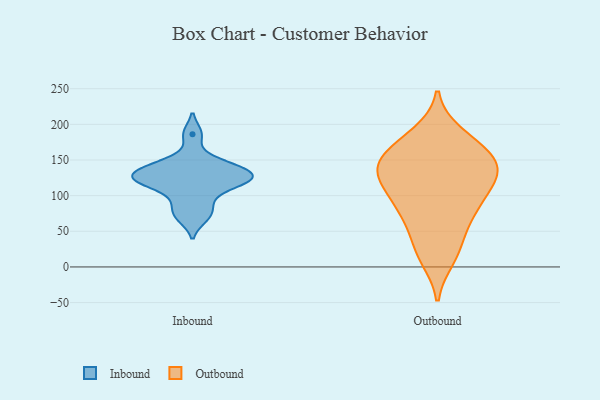
{"axis": {"x": "Budget (USD K)", "y": "Value"}, "legend": ["Inbound", "Outbound"], "data": [{"x": "", "y": 127, "type": "Inbound"}, {"x": "", "y": 80, "type": "Inbound"}, {"x": "", "y": 123, "type": "Inbound"}, {"x": "", "y": 143, "type": "Inbound"}, {"x": "", "y": 186, "type": "Inbound"}, {"x": "", "y": 136, "type": "Inbound"}, {"x": "", "y": 121, "type": "Inbound"}, {"x": "", "y": 146, "type": "Inbound"}, {"x": "", "y": 119, "type": "Inbound"}, {"x": "", "y": 125, "type": "Inbound"}, {"x": "", "y": 99, "type": "Inbound"}, {"x": "", "y": 69, "type": "Inbound"}, {"x": "", "y": 81, "type": "Outbound"}, {"x": "", "y": 13, "type": "Outbound"}, {"x": "", "y": 173, "type": "Outbound"}, {"x": "", "y": 31, "type": "Outbound"}, {"x": "", "y": 98, "type": "Outbound"}, {"x": "", "y": 156, "type": "Outbound"}, {"x": "", "y": 130, "type": "Outbound"}, {"x": "", "y": 120, "type": "Outbound"}, {"x": "", "y": 148, "type": "Outbound"}, {"x": "", "y": 150, "type": "Outbound"}, {"x": "", "y": 177, "type": "Outbound"}, {"x": "", "y": 64, "type": "Outbound"}, {"x": "", "y": 120, "type": "Outbound"}, {"x": "", "y": 21, "type": "Outbound"}, {"x": "", "y": 87, "type": "Outbound"}, {"x": "", "y": 74, "type": "Outbound"}, {"x": "", "y": 141, "type": "Outbound"}, {"x": "", "y": 186, "type": "Outbound"}, {"x": "", "y": 126, "type": "Outbound"}, {"x": "", "y": 138, "type": "Outbound"}]}